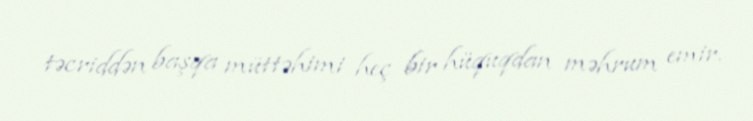
təcriddən başqa müttəhimi heç bir hüquqdan məhrum emir.